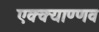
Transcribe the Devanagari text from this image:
एक्क्याण्णव